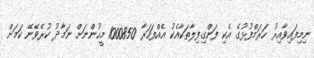
ނިމިފައިވާއިރު ހަރަމްފުޅުގެ އެކި ފަންގިފިލާތަކާއެކު އެއްފަހަރާ 1000850 މީހުންނަށް ނަމާދު ކުރެވޭނޭ ކަމަށް